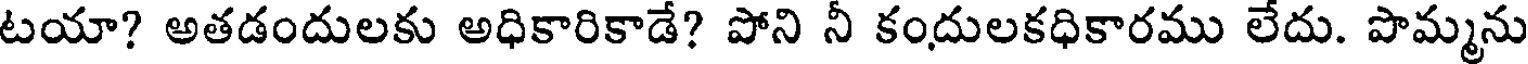
టయా? అతడందులకు అధికారికాడే? పోని నీ కందులకధికారము లేదు. పొమ్మను